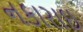
નકારાઇ